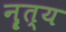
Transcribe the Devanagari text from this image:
नॄत्य